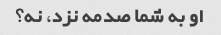
او به شما صدمه نزد، نه؟